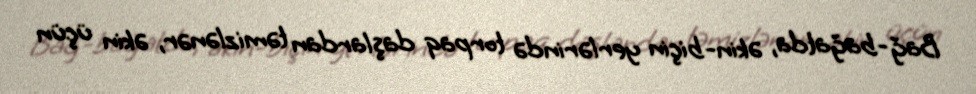
Bağ-bağatda, əkin-biçin yerlərində torpaq daşlardan təmizlənər, əkin üçün